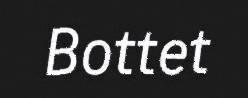
Bottet